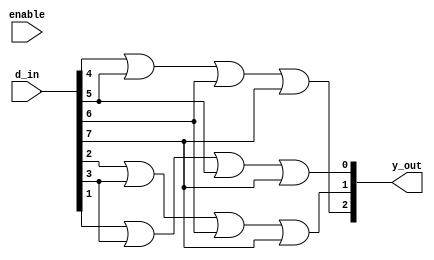
`timescale 1ns / 1ps
//////////////////////////////////////////////////////////////////////////////////
// Company: 
// Engineer: 
// 
// Design Name: 
// Module Name: encoder8to3
// Project Name: 
// Target Devices: 
// Tool Versions: 
// Description: 
// 
// Dependencies: 
// 
// Revision:
// Revision 0.01 - File Created
// Additional Comments:
// 
//////////////////////////////////////////////////////////////////////////////////


module encoder8to3_without_case(
    input enable,
    input [8:0] d_in,
    output [2:0] y_out
    );
  assign y_out[2]= d_in[4] | d_in[5] | d_in[6] | d_in[7];
  assign y_out[1]= d_in[2] | d_in[3] | d_in[6] | d_in[7];
  assign y_out[0]= d_in[1] | d_in[3] | d_in[5] | d_in[7];

endmodule